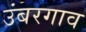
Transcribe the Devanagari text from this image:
उंबरगाव